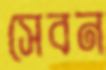
সেবন